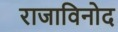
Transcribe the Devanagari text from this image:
राजाविनोद